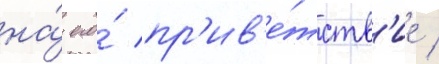
на́ его́ пр'ив'е́тств'ие /